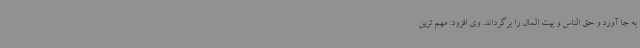
به جا آورد و حق الناس و بیت المال را برگرداند. وی افزود: مهم ترین